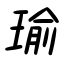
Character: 瑜